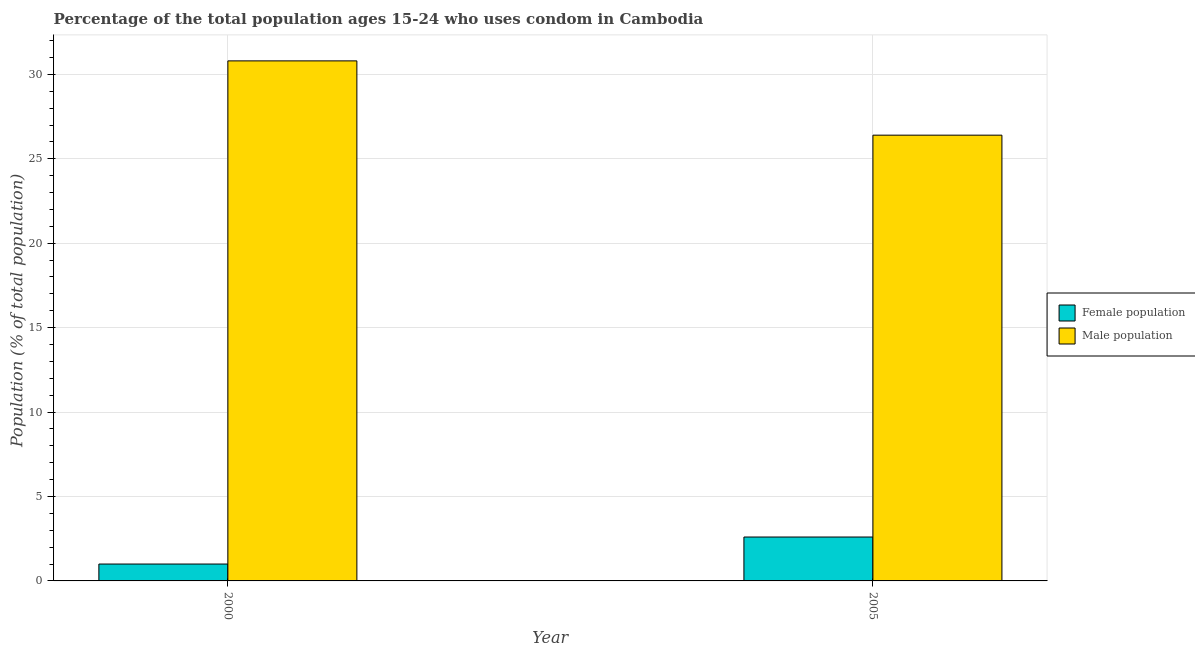
| Year | Female population | Male population |
 | --- | --- | --- |
 | 2000 | 1 | 30.8 |
 | 2005 | 2.6 | 26.4 |